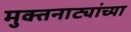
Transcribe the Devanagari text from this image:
मुक्तनाट्यांच्या